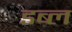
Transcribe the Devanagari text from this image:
डब्ल